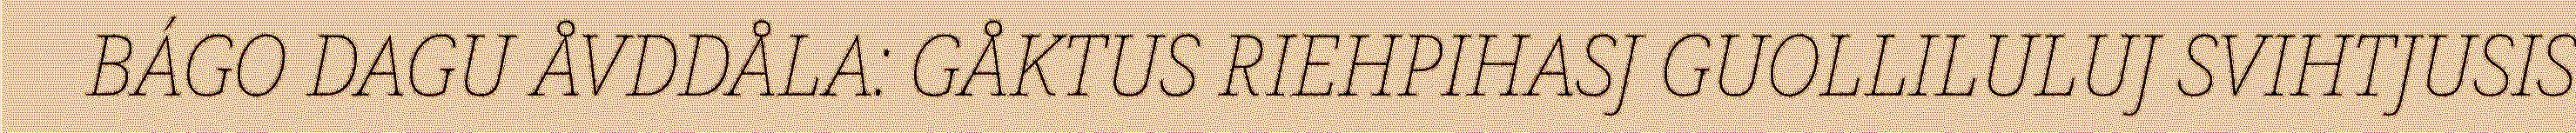
BÁGO DAGU ÅVDDÅLA: GÅKTUS RIEHPIHASJ GUOLLILULUJ SVIHTJUSIS